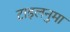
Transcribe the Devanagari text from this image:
टाइलनुमा